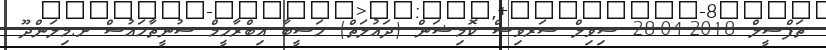
ތަފްސީލް 2018-04-28 ސިވިލް ސަރވިސް ކޮމިޝަން (ދައުލަތް) ހަސީބާ އިބްރާހީމް ސުނީތާހައުސް ށ.މިލަންދޫ